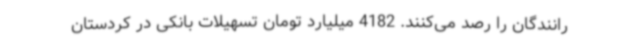
رانندگان را رصد می‌کنند. 4182 میلیارد تومان تسهیلات بانکی در کردستان